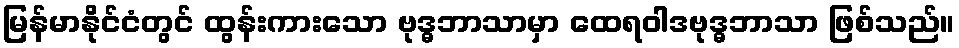
မြန်မာနိုင်ငံတွင် ထွန်းကားသော ဗုဒ္ဓဘာသာမှာ ထေရဝါဒဗုဒ္ဓဘာသာ ဖြစ်သည်။